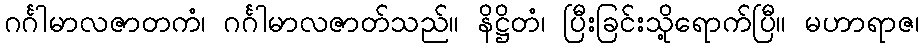
ဂင်္ဂါမာလဇာတကံ၊ ဂင်္ဂါမာလဇာတ်သည်။ နိဋ္ဌိတံ၊ ပြီးခြင်းသို့ရောက်ပြီ။ မဟာရာဇ၊